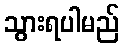
သွားရပါမည်